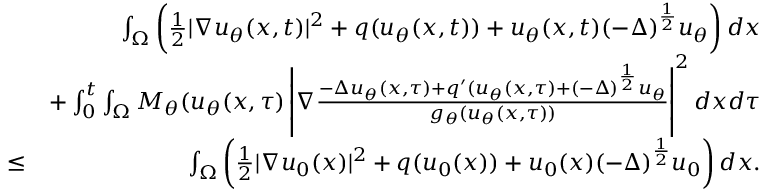
\begin{array} { r l r } & { } & { \int _ { \Omega } \left( \frac { 1 } { 2 } | \nabla u _ { \theta } ( x , t ) | ^ { 2 } + q ( u _ { \theta } ( x , t ) ) + u _ { \theta } ( x , t ) ( - \Delta ) ^ { \frac { 1 } { 2 } } u _ { \theta } \right) d x } \\ & { } & { + \int _ { 0 } ^ { t } \int _ { \Omega } M _ { \theta } ( u _ { \theta } ( x , \tau ) \left| \nabla \frac { - \Delta u _ { \theta } ( x , \tau ) + q ^ { \prime } ( u _ { \theta } ( x , \tau ) + ( - \Delta ) ^ { \frac { 1 } { 2 } } u _ { \theta } } { g _ { \theta } ( u _ { \theta } ( x , \tau ) ) } \right| ^ { 2 } d x d \tau } \\ & { \leq } & { \int _ { \Omega } \left( \frac { 1 } { 2 } | \nabla u _ { 0 } ( x ) | ^ { 2 } + q ( u _ { 0 } ( x ) ) + u _ { 0 } ( x ) ( - \Delta ) ^ { \frac { 1 } { 2 } } u _ { 0 } \right) d x . } \end{array}